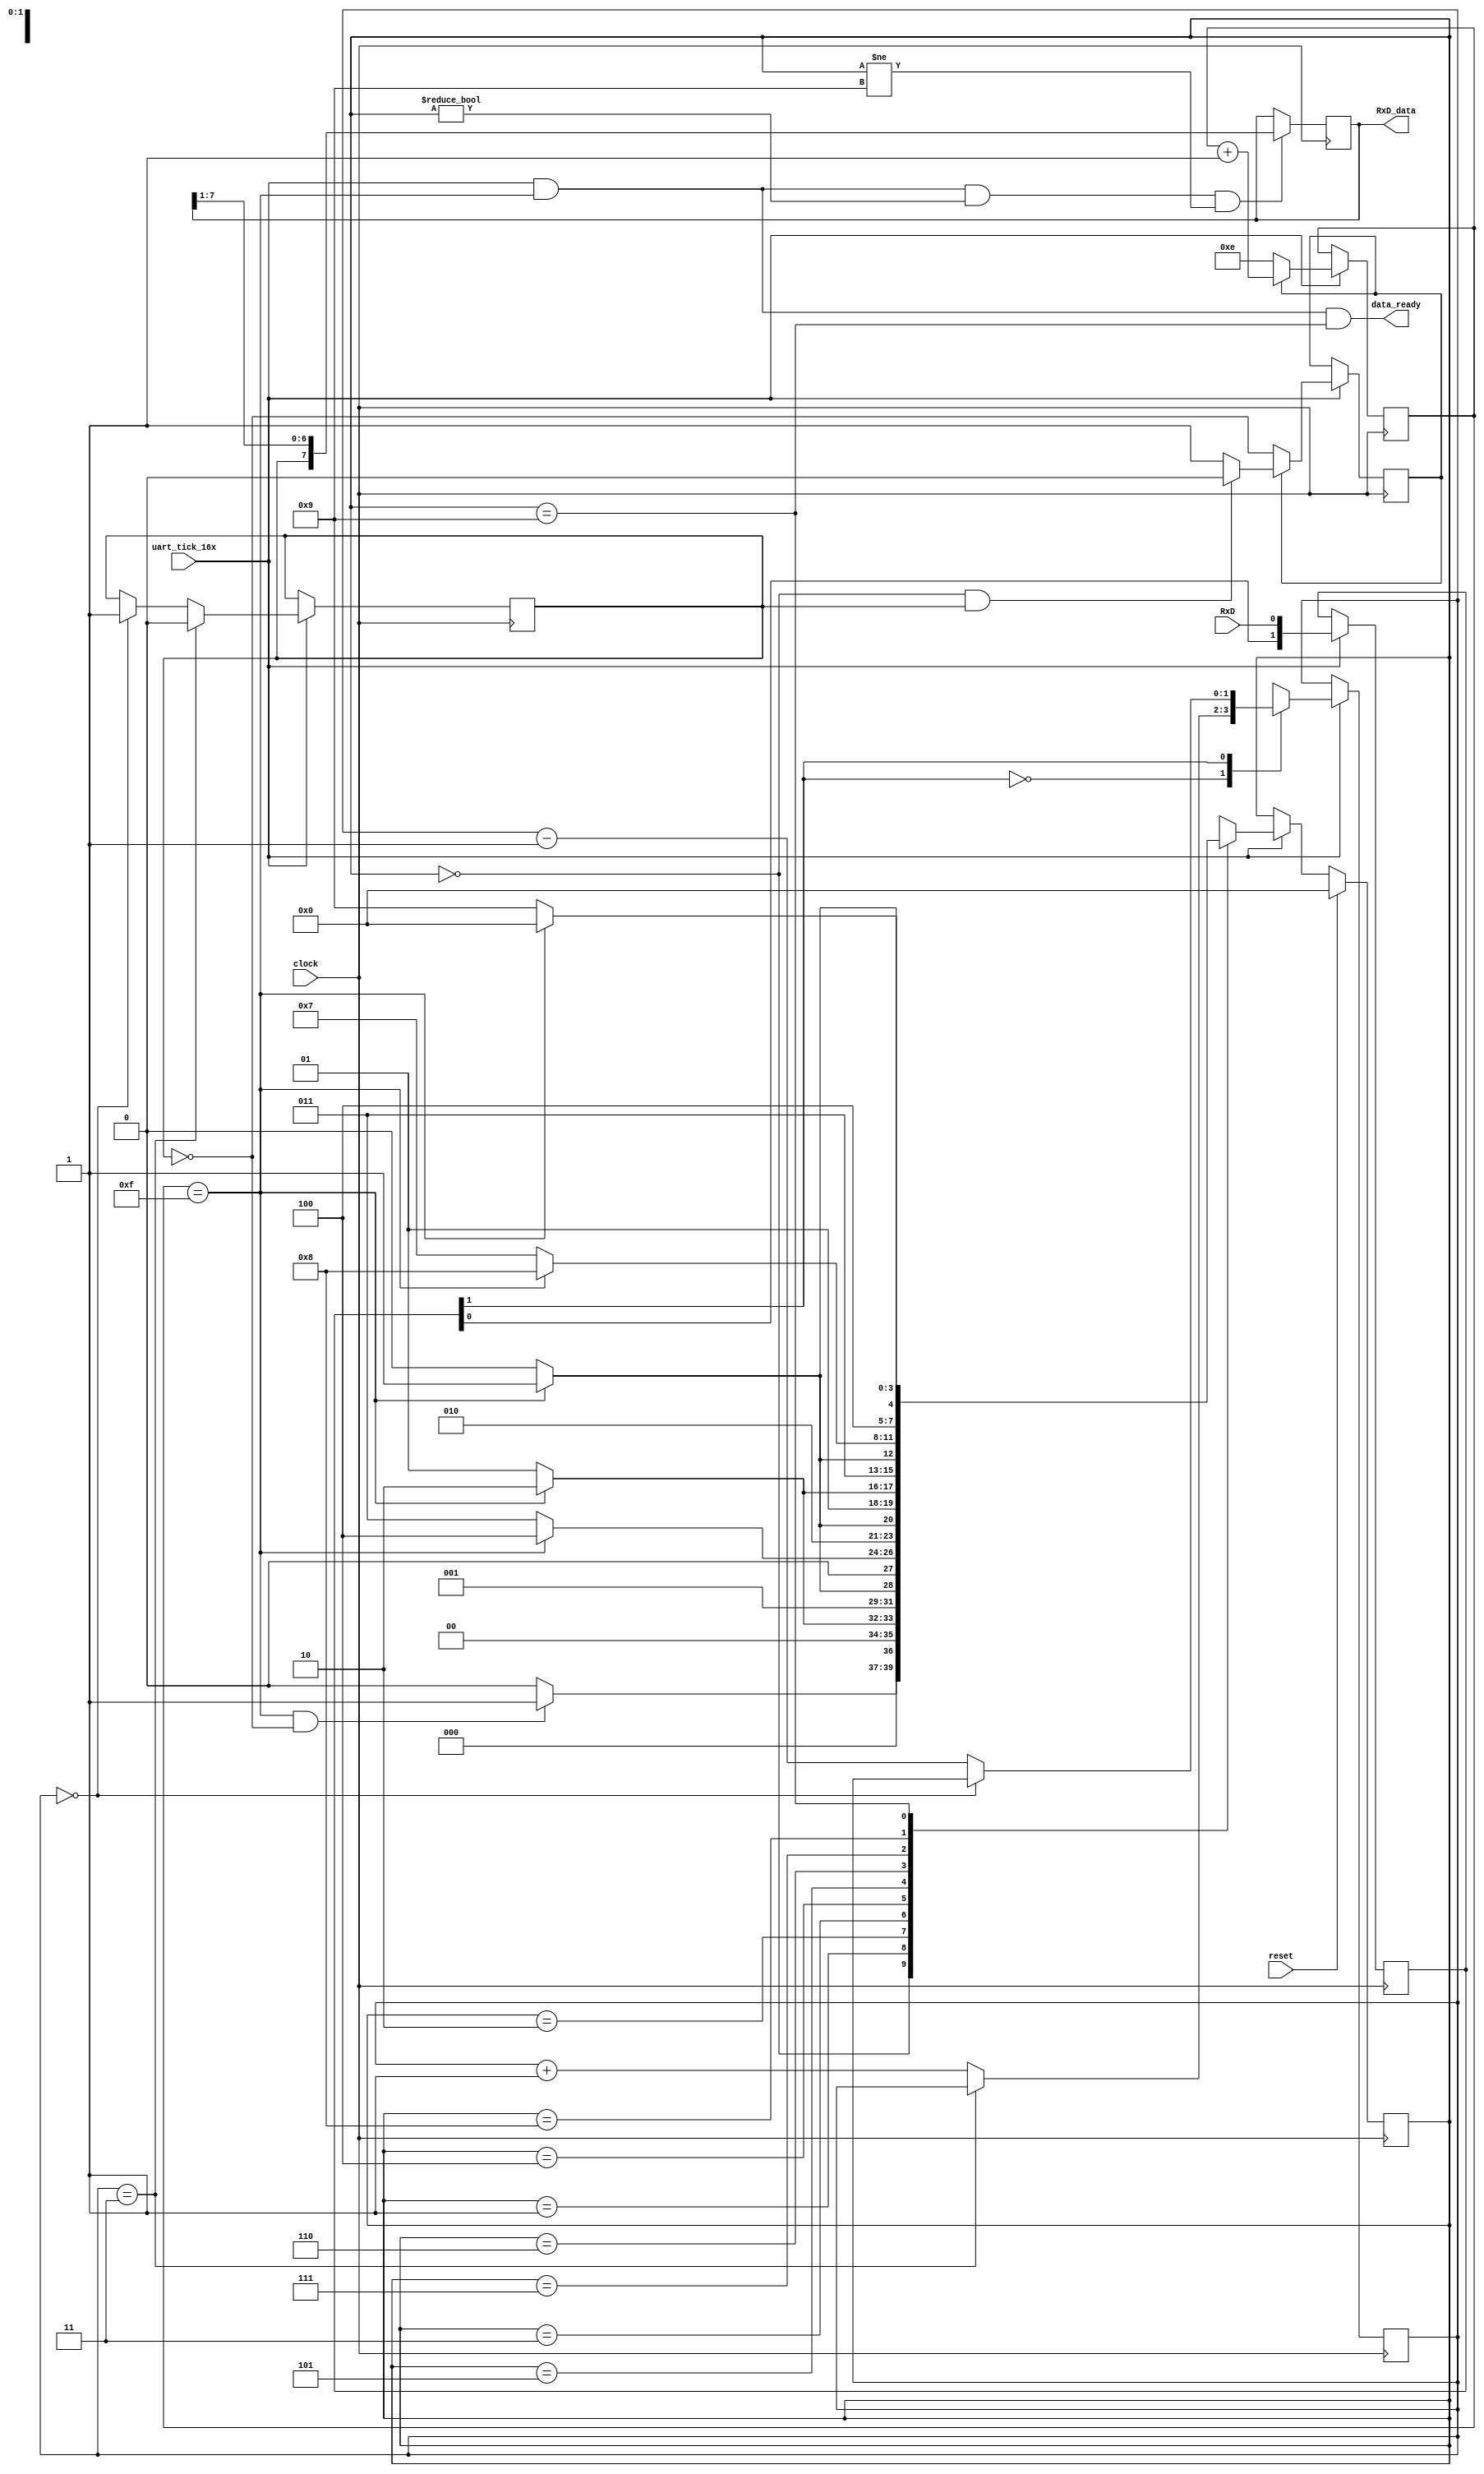
module uart_rx(
    input            clock,
    input            reset,
    input            uart_tick_16x,
    input            RxD,
    output reg [7:0] RxD_data = 0,
    output           data_ready
    );

    /* Synchronize incoming RxD */
    reg [1:0] RxD_sync = 2'b11;
    always @(posedge clock) begin
        RxD_sync <= (uart_tick_16x) ? {RxD_sync[0], RxD} : RxD_sync;
    end

    /* Filter Input */
    reg [1:0] RxD_cnt = 2'b00;
    reg RxD_bit = 1'b1;
    always @(posedge clock) begin
        if (uart_tick_16x) begin
            case (RxD_sync[1])
                1'b0:  RxD_cnt <= (RxD_cnt == 2'b11) ? RxD_cnt : RxD_cnt + 1'b1;
                1'b1:  RxD_cnt <= (RxD_cnt == 2'b00) ? RxD_cnt : RxD_cnt - 1'b1;
            endcase
            RxD_bit <= (RxD_cnt == 2'b11) ? 1'b0 : ((RxD_cnt == 2'b00) ? 1'b1 : RxD_bit);
        end
        else begin
            RxD_cnt <= RxD_cnt;
            RxD_bit <= RxD_bit;
        end
    end

    /* State Definitions */
    localparam [3:0] IDLE=0, BIT_0=1, BIT_1=2, BIT_2=3, BIT_3=4, BIT_4=5, BIT_5=6,
                     BIT_6=7, BIT_7=8, STOP=9;
    reg [3:0] state = IDLE;

    /* Next-bit spacing and clock locking */
    reg clock_lock = 1'b0;
    reg [3:0] bit_spacing = 4'b1110;   // Enable quick jumping from IDLE to BIT_0 when line was idle.
    always @(posedge clock) begin
       if (uart_tick_16x) begin
          if (~clock_lock) begin
              clock_lock <= ~RxD_bit; // We lock on when we detect a filtered 0 from idle
          end
          else begin
                clock_lock <= ((state == IDLE) && (RxD_bit == 1'b1)) ? 1'b0 : clock_lock;
          end
          bit_spacing <= (clock_lock) ? bit_spacing + 1'b1 : 4'b1110;
       end
       else begin
          clock_lock <= clock_lock;
          bit_spacing <= bit_spacing;
       end
    end
    wire next_bit = (bit_spacing == 4'b1111);

    /* State Machine */
    always @(posedge clock) begin
        if (reset) begin
            state <= IDLE;
        end
        else if (uart_tick_16x) begin
            case (state)
                IDLE:   state <= (next_bit & (RxD_bit == 1'b0)) ? BIT_0 : IDLE;  // Start bit is 0
                BIT_0:  state <= (next_bit) ? BIT_1 : BIT_0;
                BIT_1:  state <= (next_bit) ? BIT_2 : BIT_1;
                BIT_2:  state <= (next_bit) ? BIT_3 : BIT_2;
                BIT_3:  state <= (next_bit) ? BIT_4 : BIT_3;
                BIT_4:  state <= (next_bit) ? BIT_5 : BIT_4;
                BIT_5:  state <= (next_bit) ? BIT_6 : BIT_5;
                BIT_6:  state <= (next_bit) ? BIT_7 : BIT_6;
                BIT_7:  state <= (next_bit) ? STOP  : BIT_7;
                STOP:   state <= (next_bit) ? IDLE  : STOP;
                default: state <= 4'bxxxx;
            endcase
        end
        else state <= state;
    end

    /* Shift Register to Collect Rx bits as they come */
    wire capture = (uart_tick_16x & next_bit & (state!=IDLE) & (state!=STOP));
    always @(posedge clock) begin
        RxD_data <= (capture) ? {RxD_bit, RxD_data[7:1]} : RxD_data[7:0];
    end
    assign data_ready = (uart_tick_16x & next_bit & (state==STOP));

endmodule